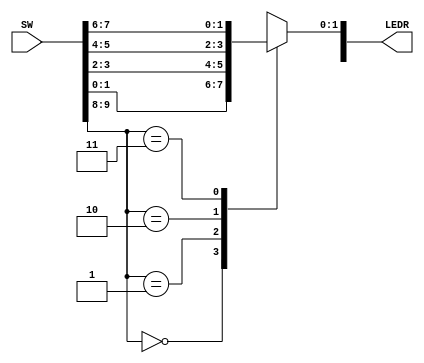

//=======================================================
//  This code is generated by Terasic System Builder
//=======================================================

module Four2OneMux(

	//////////// LED //////////
	output		     [9:0]		LEDR,

	//////////// SW //////////
	input 		     [9:0]		SW
);



//=======================================================
//  REG/WIRE declarations
//=======================================================

reg[1:0] S;
reg[1:0] U;
reg[1:0] V;
reg[1:0] W;
reg[1:0] X;
reg[1:0] M;


//=======================================================
//  Structural coding
//=======================================================

always@(*)
begin

	S=SW[9:8];
	
	U=SW[1:0];
	V=SW[3:2];
	W=SW[5:4];
	X=SW[7:6];
	
	case(S)
		0: M=U;
		1: M=V;
		2: M=W;
		3: M=X;
		default: M=U;
	endcase

end
	
assign LEDR[1:0] = M;
assign LEDR[9:8] = SW[9:8];


endmodule